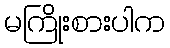
မကြိုးစားပါက